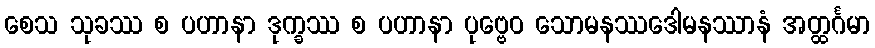
စေသ သုခဿ စ ပဟာနာ ဒုက္ခဿ စ ပဟာနာ ပုဗ္ဗေဝ သောမနဿဒေါမနဿာနံ အတ္ထင်္ဂမာ